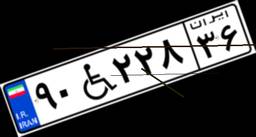
۲۱W۷۳۷۳۱